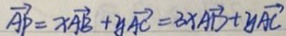
\overrightarrow { A P } = x \overrightarrow { A B } + y \overrightarrow { A C } = 3 x \overrightarrow { A D } + y \overrightarrow { A C }